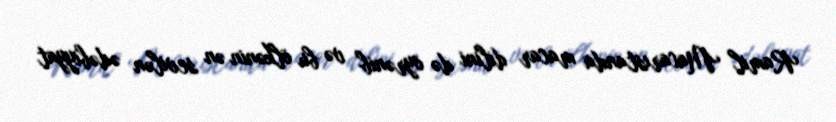
Ramil Macarıstanda macar dilini də öyrənib və bu ölkənin ən sevilən ədəbiyyat